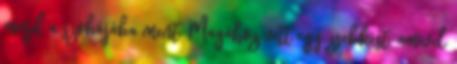
majd a szobájába ment. Magához vett egy zsebkést, amivel